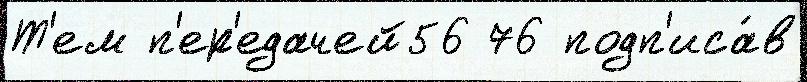
Т'ем п'ер'едачей56 76 подп'иса́в